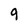
Character: 9